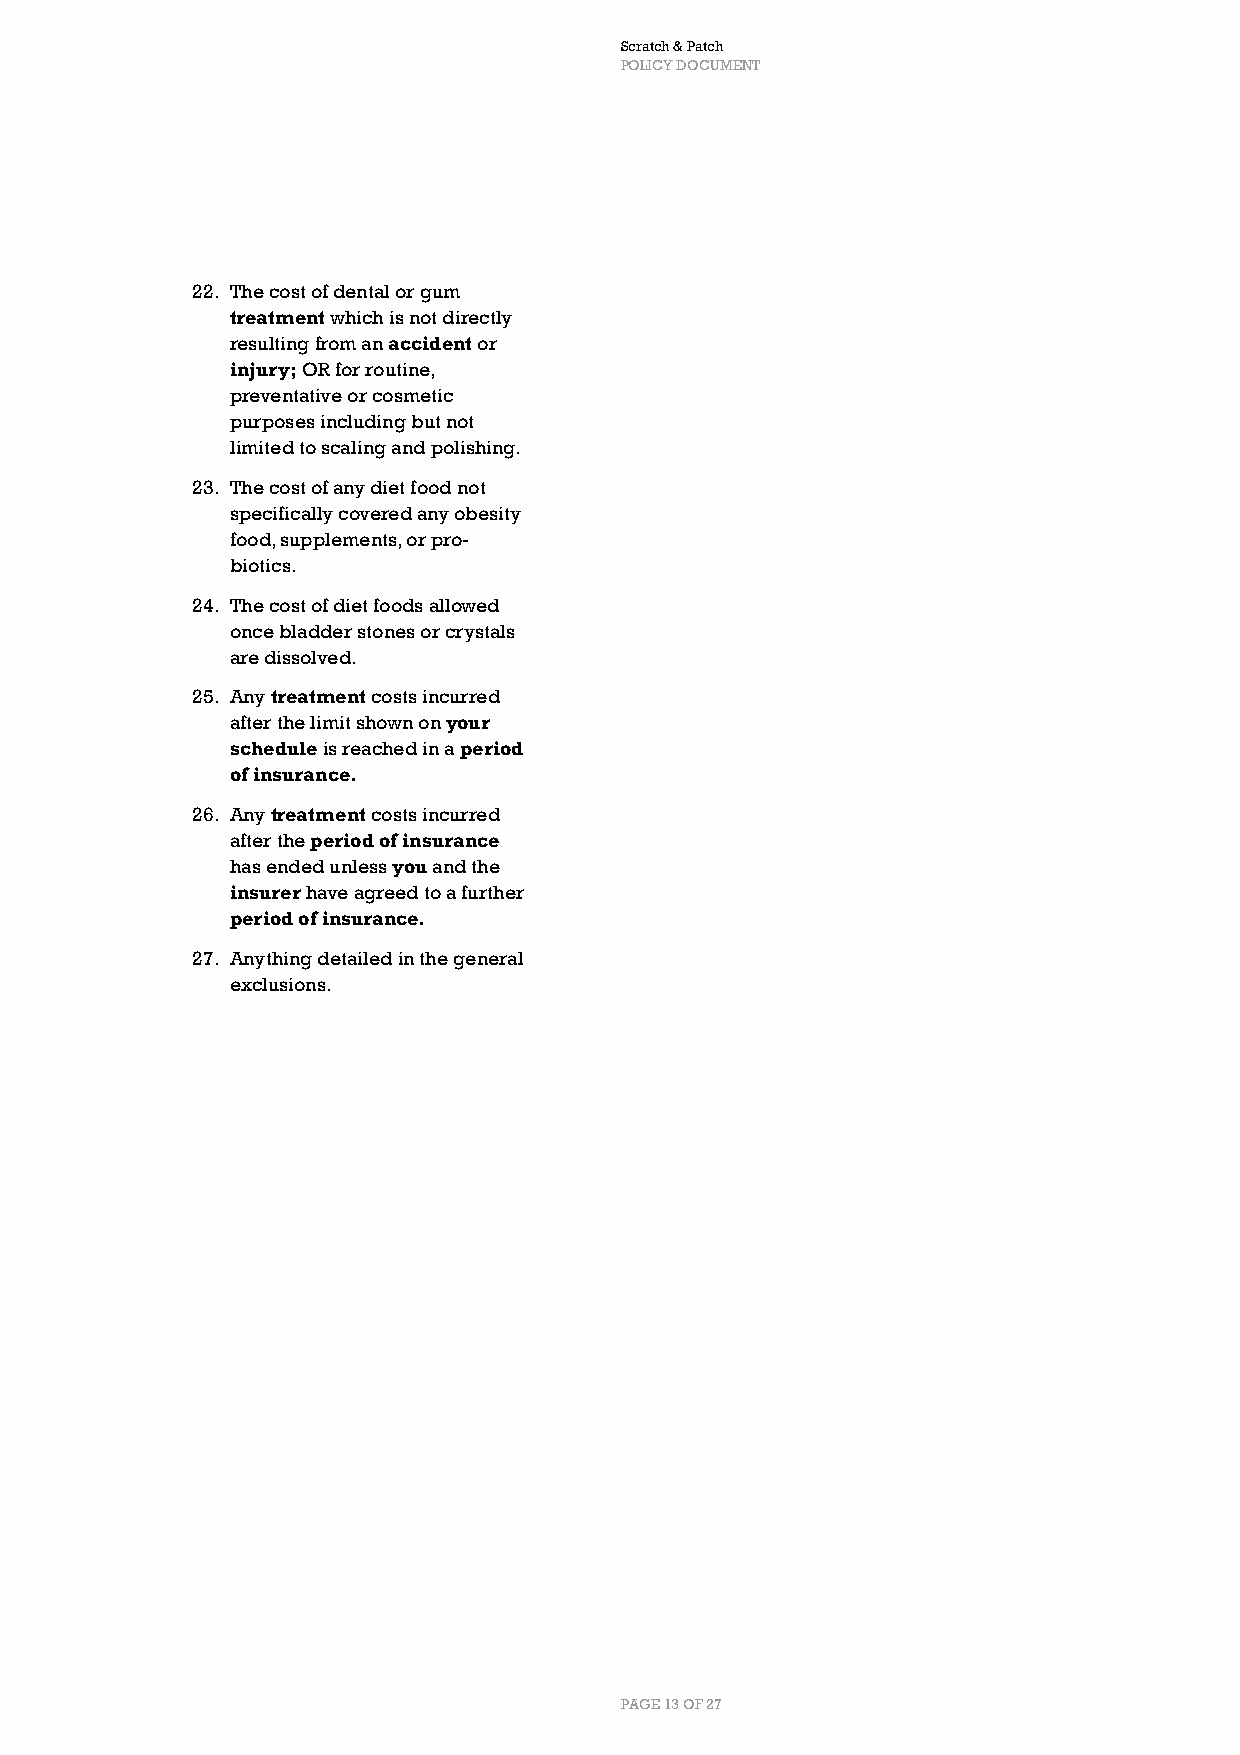
Scratch & Patch
 POLICY DOCUMENT
 22. The cost of dental or gum
 treatment which is not directly
 resulting from an accident or
 injury; OR for routine,
 preventative or cosmetic
 purposes including but not
 limited to scaling and polishing.
 23. The cost of any diet food not
 specifically covered any obesity
 food, supplements, or pro-
 biotics.
 24. The cost of diet foods allowed
 once bladder stones or crystals
 are dissolved.
 25. Any treatment costs incurred
 after the limit shown on your
 schedule is reached in a period
 of insurance.
 26. Any treatment costs incurred
 after the period of insurance
 has ended unless you and the
 insurer have agreed to a further
 period of insurance.
 27. Anything detailed in the general
 exclusions.
 PAGE 13 OF 27